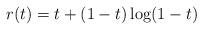
LaTeX: \begin{align*} r(t) &= t + (1 - t)\log(1-t)~ \end{align*}